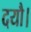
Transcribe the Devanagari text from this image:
दयौ।